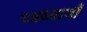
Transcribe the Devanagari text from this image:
९अध्यायों